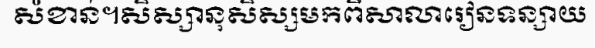
សំខាន់។សិស្សានុសិស្សមកពីសាលារៀនទន្សាយ